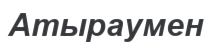
Атыраумен